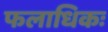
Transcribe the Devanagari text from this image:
फलाधिकः